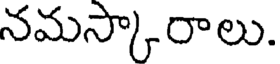
నమస్కారాలు.